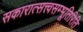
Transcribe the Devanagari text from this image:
सकारात्सत्त्वसम्भूतिरिति